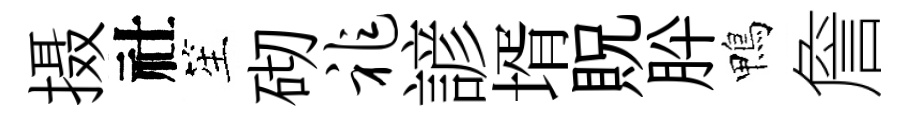
摄社笙砌祚諺壻貺肸鴨詹